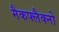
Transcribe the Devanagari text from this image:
मैकफ्लैक्नो